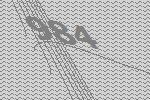
984